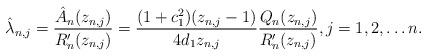
LaTeX: \begin{align*} \hat{\lambda}_{n,j} = \frac{\hat{A}_{n}(z_{n,j})}{R_{n}^{\prime}(z_{n,j})} = \frac{(1+c_1^2)(z_{n,j} - 1)}{4 d_1 z_{n,j}}\frac{Q_{n}(z_{n,j})}{R_{n}^{\prime}(z_{n,j})}, j =1, 2, \ldots n.\end{align*}